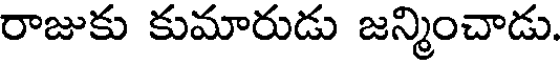
రాజుకు కుమారుడు జన్మించాడు.